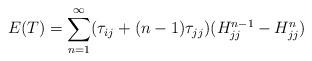
LaTeX: \begin{align*}E(T) = \sum_{n=1}^{\infty} (\tau_{ij} + (n-1)\tau_{jj})(H_{jj}^{n-1} - H_{jj}^{n} ) \end{align*}